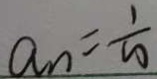
a _ { n } = \frac { 1 } { 1 0 }